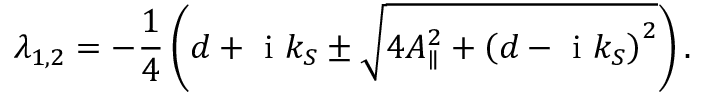
{ \lambda _ { 1 , 2 } } = - \frac { 1 } { 4 } \left( { d + { \mathrm { ~ i ~ } } { k _ { S } } \pm \sqrt { 4 A _ { \parallel } ^ { 2 } + { { \left( { d - { \mathrm { ~ i ~ } } { k _ { S } } } \right) } ^ { 2 } } } } \right) .